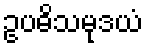
ဥပဓိသမုဒယံ